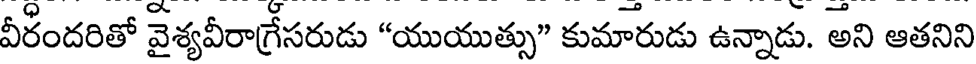
వీరందరితో వైశ్యవీరాగ్రేసరుడు "యుయుత్సు" కుమారుడు ఉన్నాడు. అని ఆతనిని